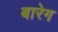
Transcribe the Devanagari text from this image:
बारेग